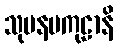
သုမနမကုဠာနိ